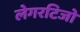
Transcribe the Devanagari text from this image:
लेगरटिजो